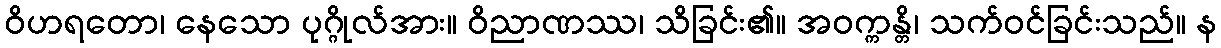
ဝိဟရတော၊ နေသော ပုဂ္ဂိုလ်အား။ ဝိညာဏဿ၊ သိခြင်း၏။ အဝက္ကန္တိ၊ သက်ဝင်ခြင်းသည်။ န